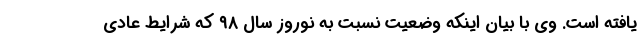
یافته است. وی با بیان اینکه وضعیت نسبت به نوروز سال ۹۸ که شرایط عادی